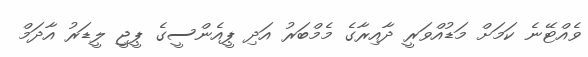
ވެއްޓޭނެ ކަމަށް މަޑުއްވަރީ ދާއިރާގެ މެމްބަރު އަދި ޕީއެންސީގެ ޕީޖީ ލީޑަރު އާދަމް